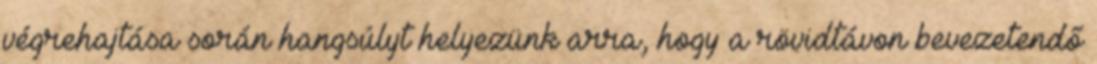
végrehajtása során hangsúlyt helyezünk arra, hogy a rövidtávon bevezetendő